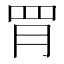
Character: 𦚋